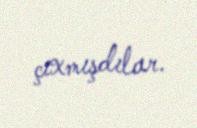
çıxmışdılar.